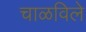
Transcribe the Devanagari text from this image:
चाळविले